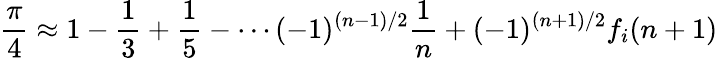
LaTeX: {\frac{\pi}{4}}\approx 1-{\frac{1}{3}}+{\frac{1}{5}}-\cdots(-1)^{(n-1)/2}{\frac{1}{n}}+(-1)^{(n+1)/2}f_{i}(n+1)